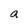
Character: a